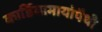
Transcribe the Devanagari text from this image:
कार्डियामायोपैथी